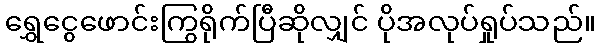
ရွှေငွေဖောင်းကြွရိုက်ပြီဆိုလျှင် ပိုအလုပ်ရှုပ်သည်။